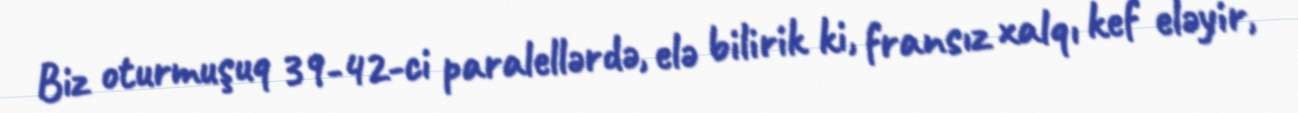
Biz oturmuşuq 39-42-ci paralellərdə, elə bilirik ki, fransız xalqı kef eləyir,